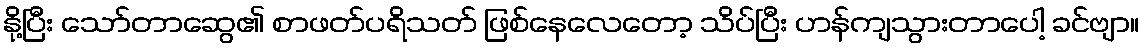
နို့ပြီး သော်တာဆွေ၏ စာဖတ်ပရိသတ် ဖြစ်နေလေတော့ သိပ်ပြီး ဟန်ကျသွားတာပေါ့ ခင်ဗျာ။